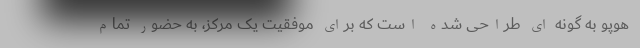
هوپو به گونه ای طراحی شده است که برای موفقیت یک مرکز، به حضور تمام